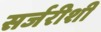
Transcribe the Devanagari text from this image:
सर्जरीशी